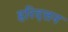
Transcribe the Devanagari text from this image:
हरिदत्तन